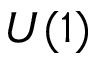
U ( 1 )